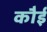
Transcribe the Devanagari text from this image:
कौई